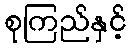
စုကြည်နှင့်